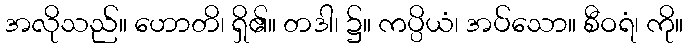
အလိုသည်။ ဟောတိ၊ ရှိ၏။ တဒါ၊ ၌။ ကပ္ပိယံ၊ အပ်သော။ စီဝရံ၊ ကို။